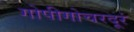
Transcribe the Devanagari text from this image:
गोपीगोचरदूरं